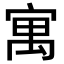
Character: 寓